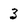
Character: 3